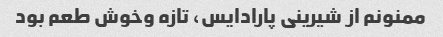
ممنونم از شیرینی پارادایس، تازه وخوش طعم بود